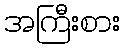
အကြီးစား